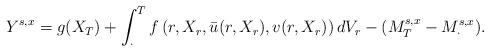
LaTeX: \begin{align*} Y^{s,x} = g(X_T) + \int_{\cdot}^T f\left(r,X_r,\bar{u}(r,X_r),v(r,X_r)\right)dV_r -(M^{s,x}_T - M^{s,x}_{\cdot}).\end{align*}